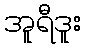
အူရီဒူး